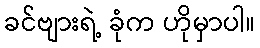
ခင်ဗျားရဲ့ ခုံက ဟိုမှာပါ။